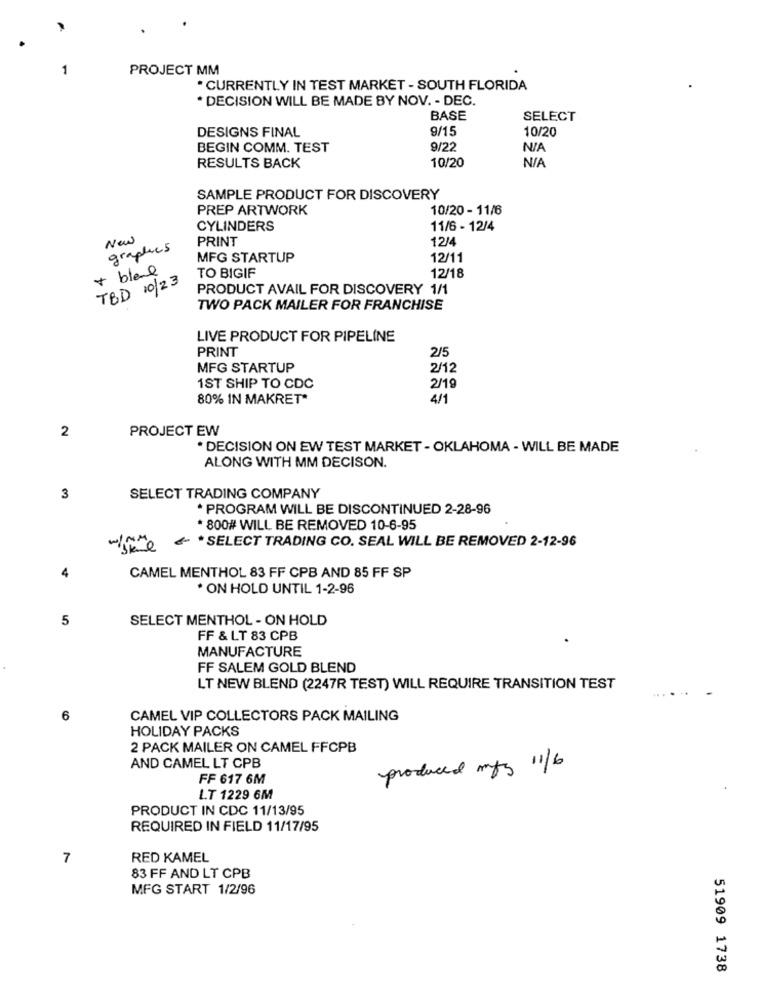
-
PROJECT MM
* CURRENTLY IN TEST MARKET - SOUTH FLORIDA
DECISION WILL BE MADE BY NOV. - DEC.
BASE
SELECT
DESIGNS FINAL
9/15
10/20
BEGIN COMM. TEST
9/22
10/20
RESULTS BACK
SAMPLE PRODUCT FOR DISCOVERY
PREP ARTWORK
10/20 - 11/6
CYLINDERS
11/6 - 12/4
New
PRINT
12/4
graphies
MFG STARTUP
12/11
+ bleue
A
TBD 10/23
TO BIGIF
12/18
PRODUCT AVAIL FOR DISCOVERY 1/1
TWO PACK MAILER FOR FRANCHISE
LIVE PRODUCT FOR PIPELINE
PRINT
2/5
MFG STARTUP
2/12
1ST SHIP TO CDC
2/19
80% IN MAKRET*
4/1
2
PROJECT EW
DECISION ON EW TEST MARKET - OKLAHOMA - WILL BE MADE
ALONG WITH MM DECISON.
3
SELECT TRADING COMPANY
. PROGRAM WILL BE DISCONTINUED 2-28-96
* 800# WILL BE REMOVED 10-6-95
Skine*SELECT TRADING CO. SEAL WILL BE REMOVED 2-12-96
4
CAMEL MENTHOL 83 FF CPB AND 85 FF SP
* ON HOLD UNTIL 1-2-96
5
SELECT MENTHOL - ON HOLD
FF & LT 83 CPB
MANUFACTURE
FF SALEM GOLD BLEND
LT NEW BLEND (2247R TEST) WILL REQUIRE TRANSITION TEST
6
CAMEL VIP COLLECTORS PACK MAILING
HOLIDAY PACKS
2 PACK MAILER ON CAMEL FFCPB
AND CAMEL LT CPB
produced mfg 11/b
FF 617 6M
L.T 1229 6M
PRODUCT IN CDC 11/13/95
REQUIRED IN FIELD 11/17/95
7
RED KAMEL
83 FF AND LT CPB
MFG START 1/2/96
51909 1738